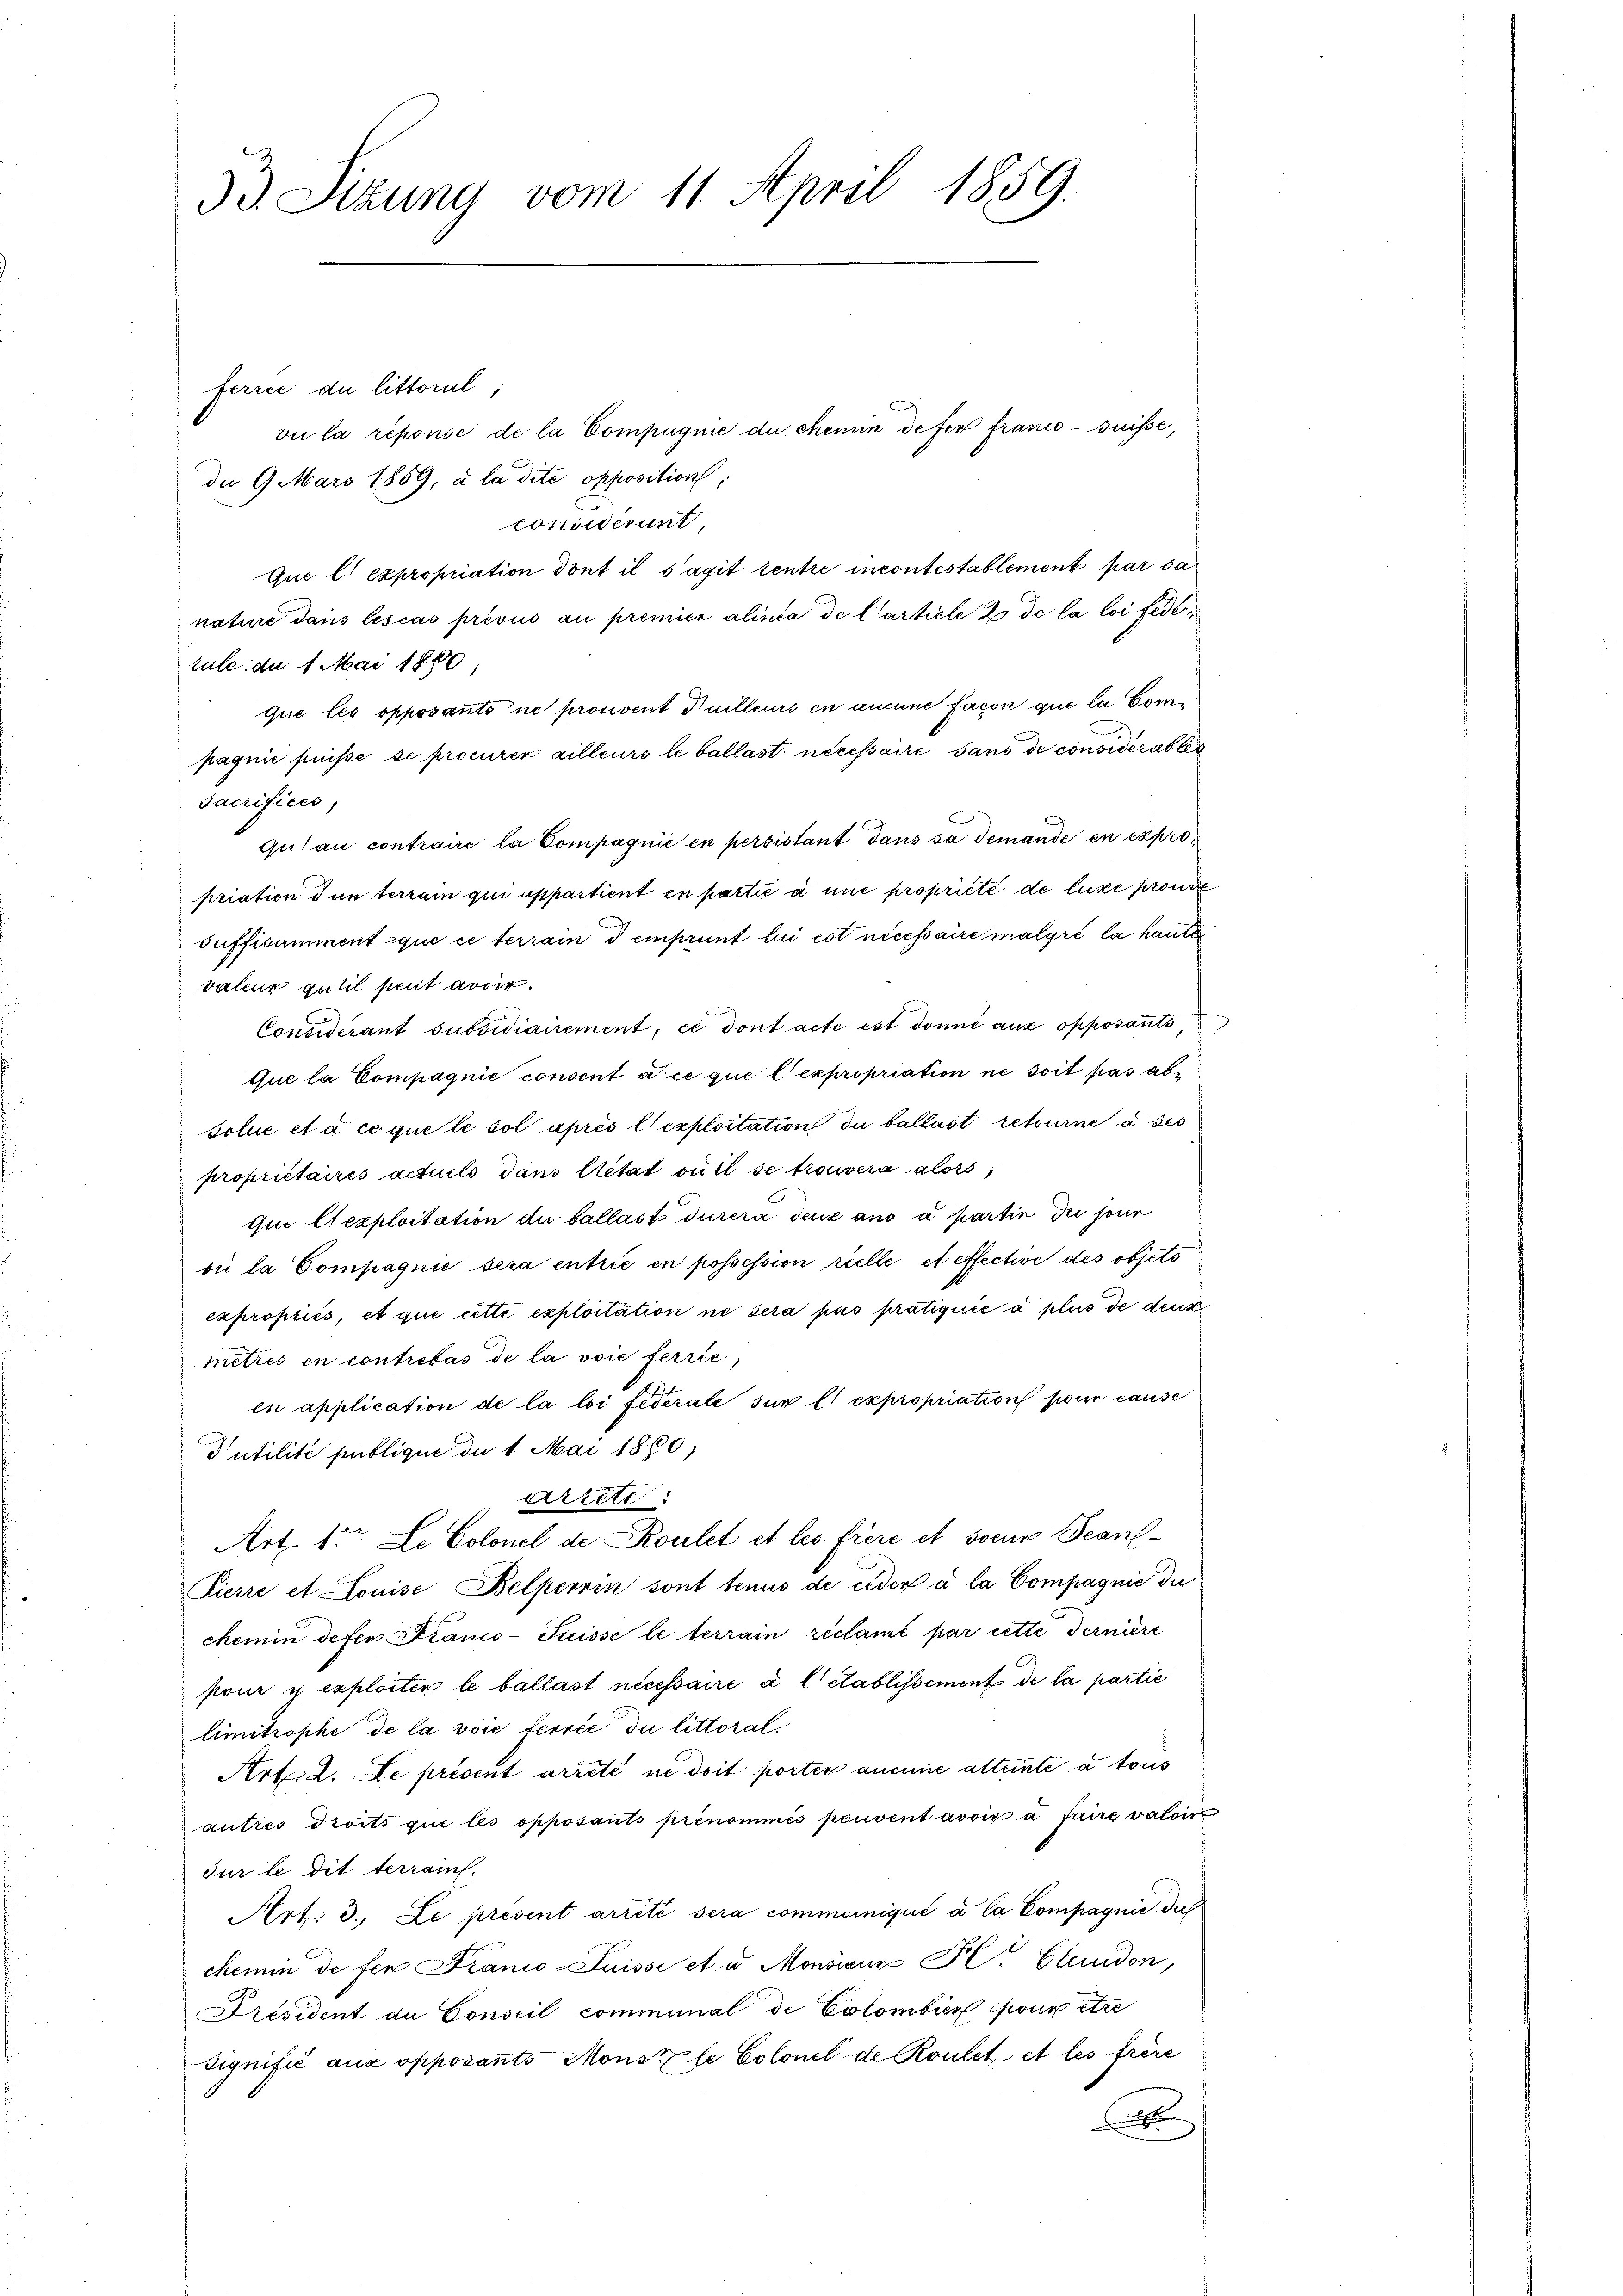
53. Sitzung vom 11. April 1859.

ferrei de littoral;
vie la réponie de la Compagnie du chemin defer france suisse,
du 9. Mars 1859, à la dite opposition;
considérant
Que l. Expropriation dont il s’agit tentre incontestablement par da
nature dans les cas prévus au premien alinia de Carticle 2 de la loi fédetale du 1 Mai 1860
que les opposanto ne prouvent Guilleurs en aucune facon que la Compagnie puisse se procurer ailleurs le ballast nécessaire sans de considérables
sacrifices,
Gulau contraire la Compagnie en persistant dans sa demande en expropriation dun terrain qui appartient en partie à une propriété de luce pronde
u
suffisamment que ce terrain d emprunt lui est nécessaire malgré la hautte
valeur gutil peut avoir.
Considérant subsidiairement, ce dont acte est donné aus opposants,
Que la Compagnie consent à ce que l’expropriation ne soit pas absolue et à ce quete sol après l’exploitation du ballast retourne à ses
propriétaires actuels dans letat ou il se trouvera alors
Que lexploitation du ballast durera denz aus a partie du sour
oi la Compagnie sera entrée en possession reelle et effective des objets
expropriés, et que cette exploitation ne sera pas pratiquée à plus de denk
metrés en contrebus de la voie ferrie,
en application de la loi fédérale sur l. expropriation pour cause
Putilité publique du 1. Mai 1880;
arrett
Art 1ten Le Colonel de Roulet et les frère et soeur Beant¬
Pierre et Louise Belperrin sont tenus de ceden à la Compagnie die
chemin defer Franco-Suisse le terrain reclamé par cette Fernière
pour y exploiter le ballast nécessaire à l Stablissement de la partie
limitrophe de la voie ferrée du littoral¬
Artill. Le présent arrete in doit porten aneine attente à tous
autres droits que les opposants prenommés peuvent avoir à faire valoir
Für le dit terrain.
Art: 3. Le présent arreté sera communiqué à la Compagnie du
chemin de fen Franco-Suisse et u. Monsieur Fl. Glaudon,
Président du Conseil communal de Colombier pour être
dignifié aux opposants Mons le Colonel de Roulet et les frère
x